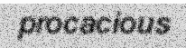
procacious